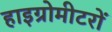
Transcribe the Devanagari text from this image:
हाइग्रोमीटरों